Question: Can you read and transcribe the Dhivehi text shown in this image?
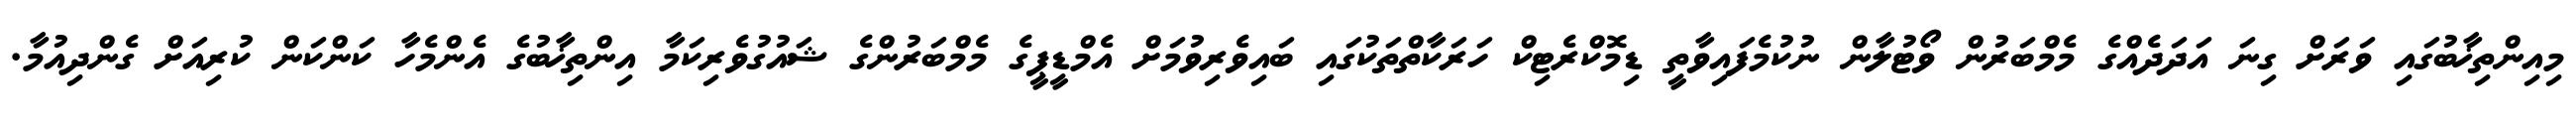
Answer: މިއިންތިޚާބުގައި ވަރަށް ގިނަ އަދަދެއްގެ މެމްބަރުން ވޯޓުލާން ނުކުމެފައިވާތީ ޑިމޮކްރެޓިކް ހަރަކާތްތަކުގައި ބައިވެރިވުމަށް އެމްޑީޕީގެ މެމްބަރުންގެ ޝައުގުވެރިކަމާ އިންތިޚާބުގެ އެންމެހާ ކަންކަން ކުރިއަށް ގެންދިއުމާ.